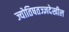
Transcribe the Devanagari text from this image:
ज्योतिषतज्ज्ञदेखील